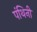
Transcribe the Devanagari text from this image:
पंथिनी